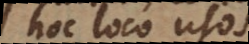
hoc loco non